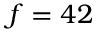
f = 4 2